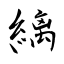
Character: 縭